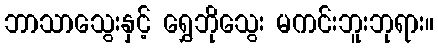
ဘာသာသွေးနှင့် ရွှေဘိုသွေး မကင်းဘူးဘုရား။